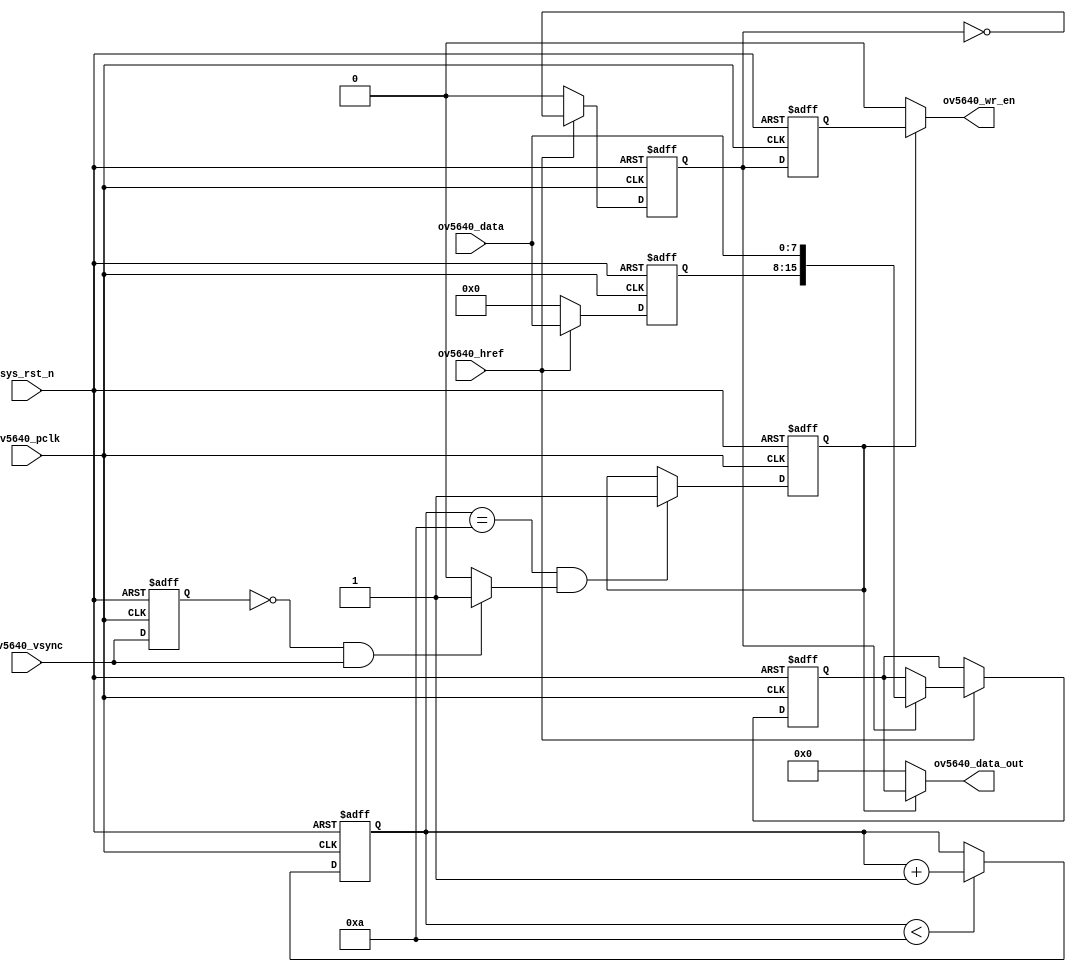
`timescale  1ns/1ns
////////////////////////////////////////////////////////////////////////
// Module Name   : ov5640_data
// Project Name  : ov5640_hdmi_1280x720
// Target Devices: Altera EP4CE10F17C8N
// Tool Versions : Quartus 13.0
// Description   : ov5640
// 
// Revision      : V1.0
// Additional Comments:
// 
// : _Pro_FPGA
//     : http://www.embedfire.com
//     : http://www.firebbs.cn
//     : https://fire-stm32.taobao.com
////////////////////////////////////////////////////////////////////////

module  ov5640_data
(
    input   wire            sys_rst_n       ,   //
// OV5640
    input   wire            ov5640_pclk     ,   //
    input   wire            ov5640_href     ,   //
    input   wire            ov5640_vsync    ,   //
    input   wire    [ 7:0]  ov5640_data     ,   //
// FIFO
    output  wire            ov5640_wr_en    ,   //
    output  wire    [15:0]  ov5640_data_out     //
);

//********************************************************************//
//****************** Parameter and Internal Signal *******************//
//********************************************************************//

//parameter define
parameter   PIC_WAIT    =   4'd10;  //

//wire  define
wire            pic_flag    ;   //,,

//reg   define
reg             ov5640_vsync_dly    ;   //
reg     [3:0]   cnt_pic             ;   //
reg             pic_valid           ;   //
reg     [7:0]   pic_data_reg        ;   //8
reg     [15:0]  data_out_reg        ;   //16
reg             data_flag           ;   //8
reg             data_flag_dly1      ;   //

//********************************************************************//
//***************************** Main Code ****************************//
//********************************************************************//

//ov5640_vsync_dly:
always@(posedge ov5640_pclk or negedge sys_rst_n)
    if(sys_rst_n == 1'b0)
        ov5640_vsync_dly    <=  1'b0;
    else
        ov5640_vsync_dly    <=  ov5640_vsync;

//pic_flag:,,
assign  pic_flag = ((ov5640_vsync_dly == 1'b0)
                    && (ov5640_vsync == 1'b1)) ? 1'b1 : 1'b0;

//cnt_pic:
always@(posedge ov5640_pclk or negedge sys_rst_n)
    if(sys_rst_n == 1'b0)
        cnt_pic <=  4'd0;
    else    if(cnt_pic < PIC_WAIT)
        cnt_pic <=  cnt_pic + 1'b1;
    else
        cnt_pic <=  cnt_pic;

//pic_valid:
always@(posedge ov5640_pclk or negedge sys_rst_n)
    if(sys_rst_n == 1'b0)
        pic_valid   <=  1'b0;
    else    if((cnt_pic == PIC_WAIT) && (pic_flag == 1'b1))
        pic_valid   <=  1'b1;
    else
        pic_valid   <=  pic_valid;

//data_out_reg,pic_data_reg,data_flag:16
//88,
always@(posedge ov5640_pclk or negedge sys_rst_n)
    if(sys_rst_n == 1'b0)
        begin
            data_out_reg    <=  16'd0;
            pic_data_reg    <=  8'd0;
            data_flag       <=  1'b0;
        end
    else    if(ov5640_href == 1'b1)
        begin
            data_flag       <=  ~data_flag;
            pic_data_reg    <=  ov5640_data;
            data_out_reg    <=  data_out_reg;
        if(data_flag == 1'b1)
            data_out_reg    <=  {pic_data_reg,ov5640_data};
        else
            data_out_reg    <=  data_out_reg;
        end
    else
        begin
            data_flag       <=  1'b0;
            pic_data_reg    <=  8'd0;
            data_out_reg    <=  data_out_reg;
        end

//data_flag_dly1:
always@(posedge ov5640_pclk or negedge sys_rst_n)
    if(sys_rst_n == 1'b0)
        data_flag_dly1  <=  1'b0;
    else
        data_flag_dly1  <=  data_flag;

//ov5640_data_out:16
assign  ov5640_data_out = (pic_valid == 1'b1) ? data_out_reg : 16'b0;

//ov5640_wr_en:16
assign  ov5640_wr_en = (pic_valid == 1'b1) ? data_flag_dly1 : 1'b0;

endmodule